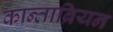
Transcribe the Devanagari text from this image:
कान्ताब्रियन